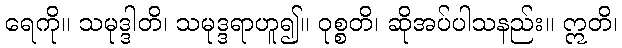
ရေကို။ သမုဒ္ဒါတိ၊ သမုဒ္ဒရာဟူ၍။ ဝုစ္စတိ၊ ဆိုအပ်ပါသနည်း။ ဣတိ၊